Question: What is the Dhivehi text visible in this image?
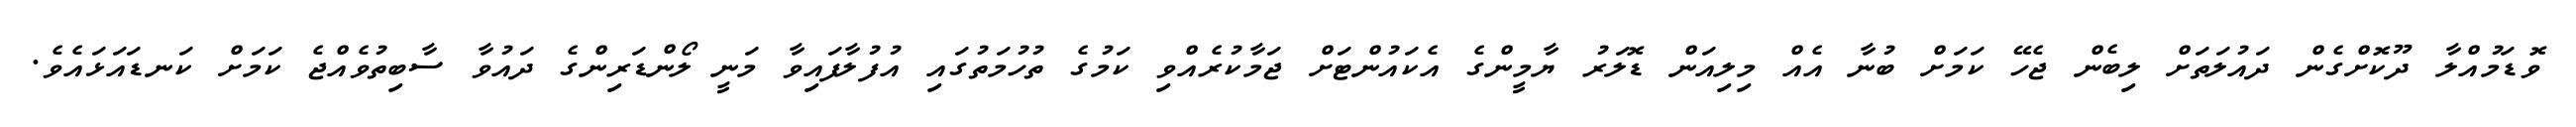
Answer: ވޮޑަމުއްލާ ދޫކޮށްގެން ދައުލަތަށް ލިބެން ޖެހޭ ކަމަށް ބުނާ އެއް މިލިއަން ޑޮލަރު ޔާމީންގެ އެކައުންޓަށް ޖަމާކުރެއްވި ކަމުގެ ތުހުމަތުގައި އުފުލާފައިވާ މަނީ ލޯންޑަރިންގެ ދައުވާ ސާބިތުވެއްޖެ ކަމަށް ކަނޑައަޅައެވެ.